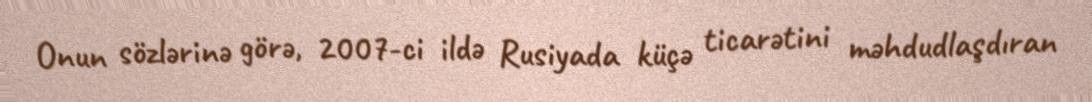
Onun sözlərinə görə, 2007-ci ildə Rusiyada küçə ticarətini məhdudlaşdıran